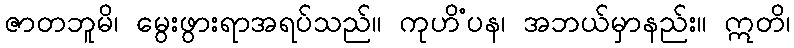
ဇာတဘူမိ၊ မွေးဖွားရာအရပ်သည်။ ကုဟိံပန၊ အဘယ်မှာနည်း။ ဣတိ၊